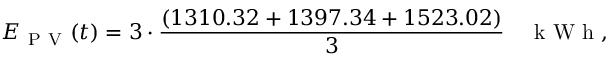
E _ { \mathrm { ~ P ~ V ~ } } ( t ) = 3 \cdot \frac { ( 1 3 1 0 . 3 2 + 1 3 9 7 . 3 4 + 1 5 2 3 . 0 2 ) } { 3 } \quad \textrm { k W h } ,